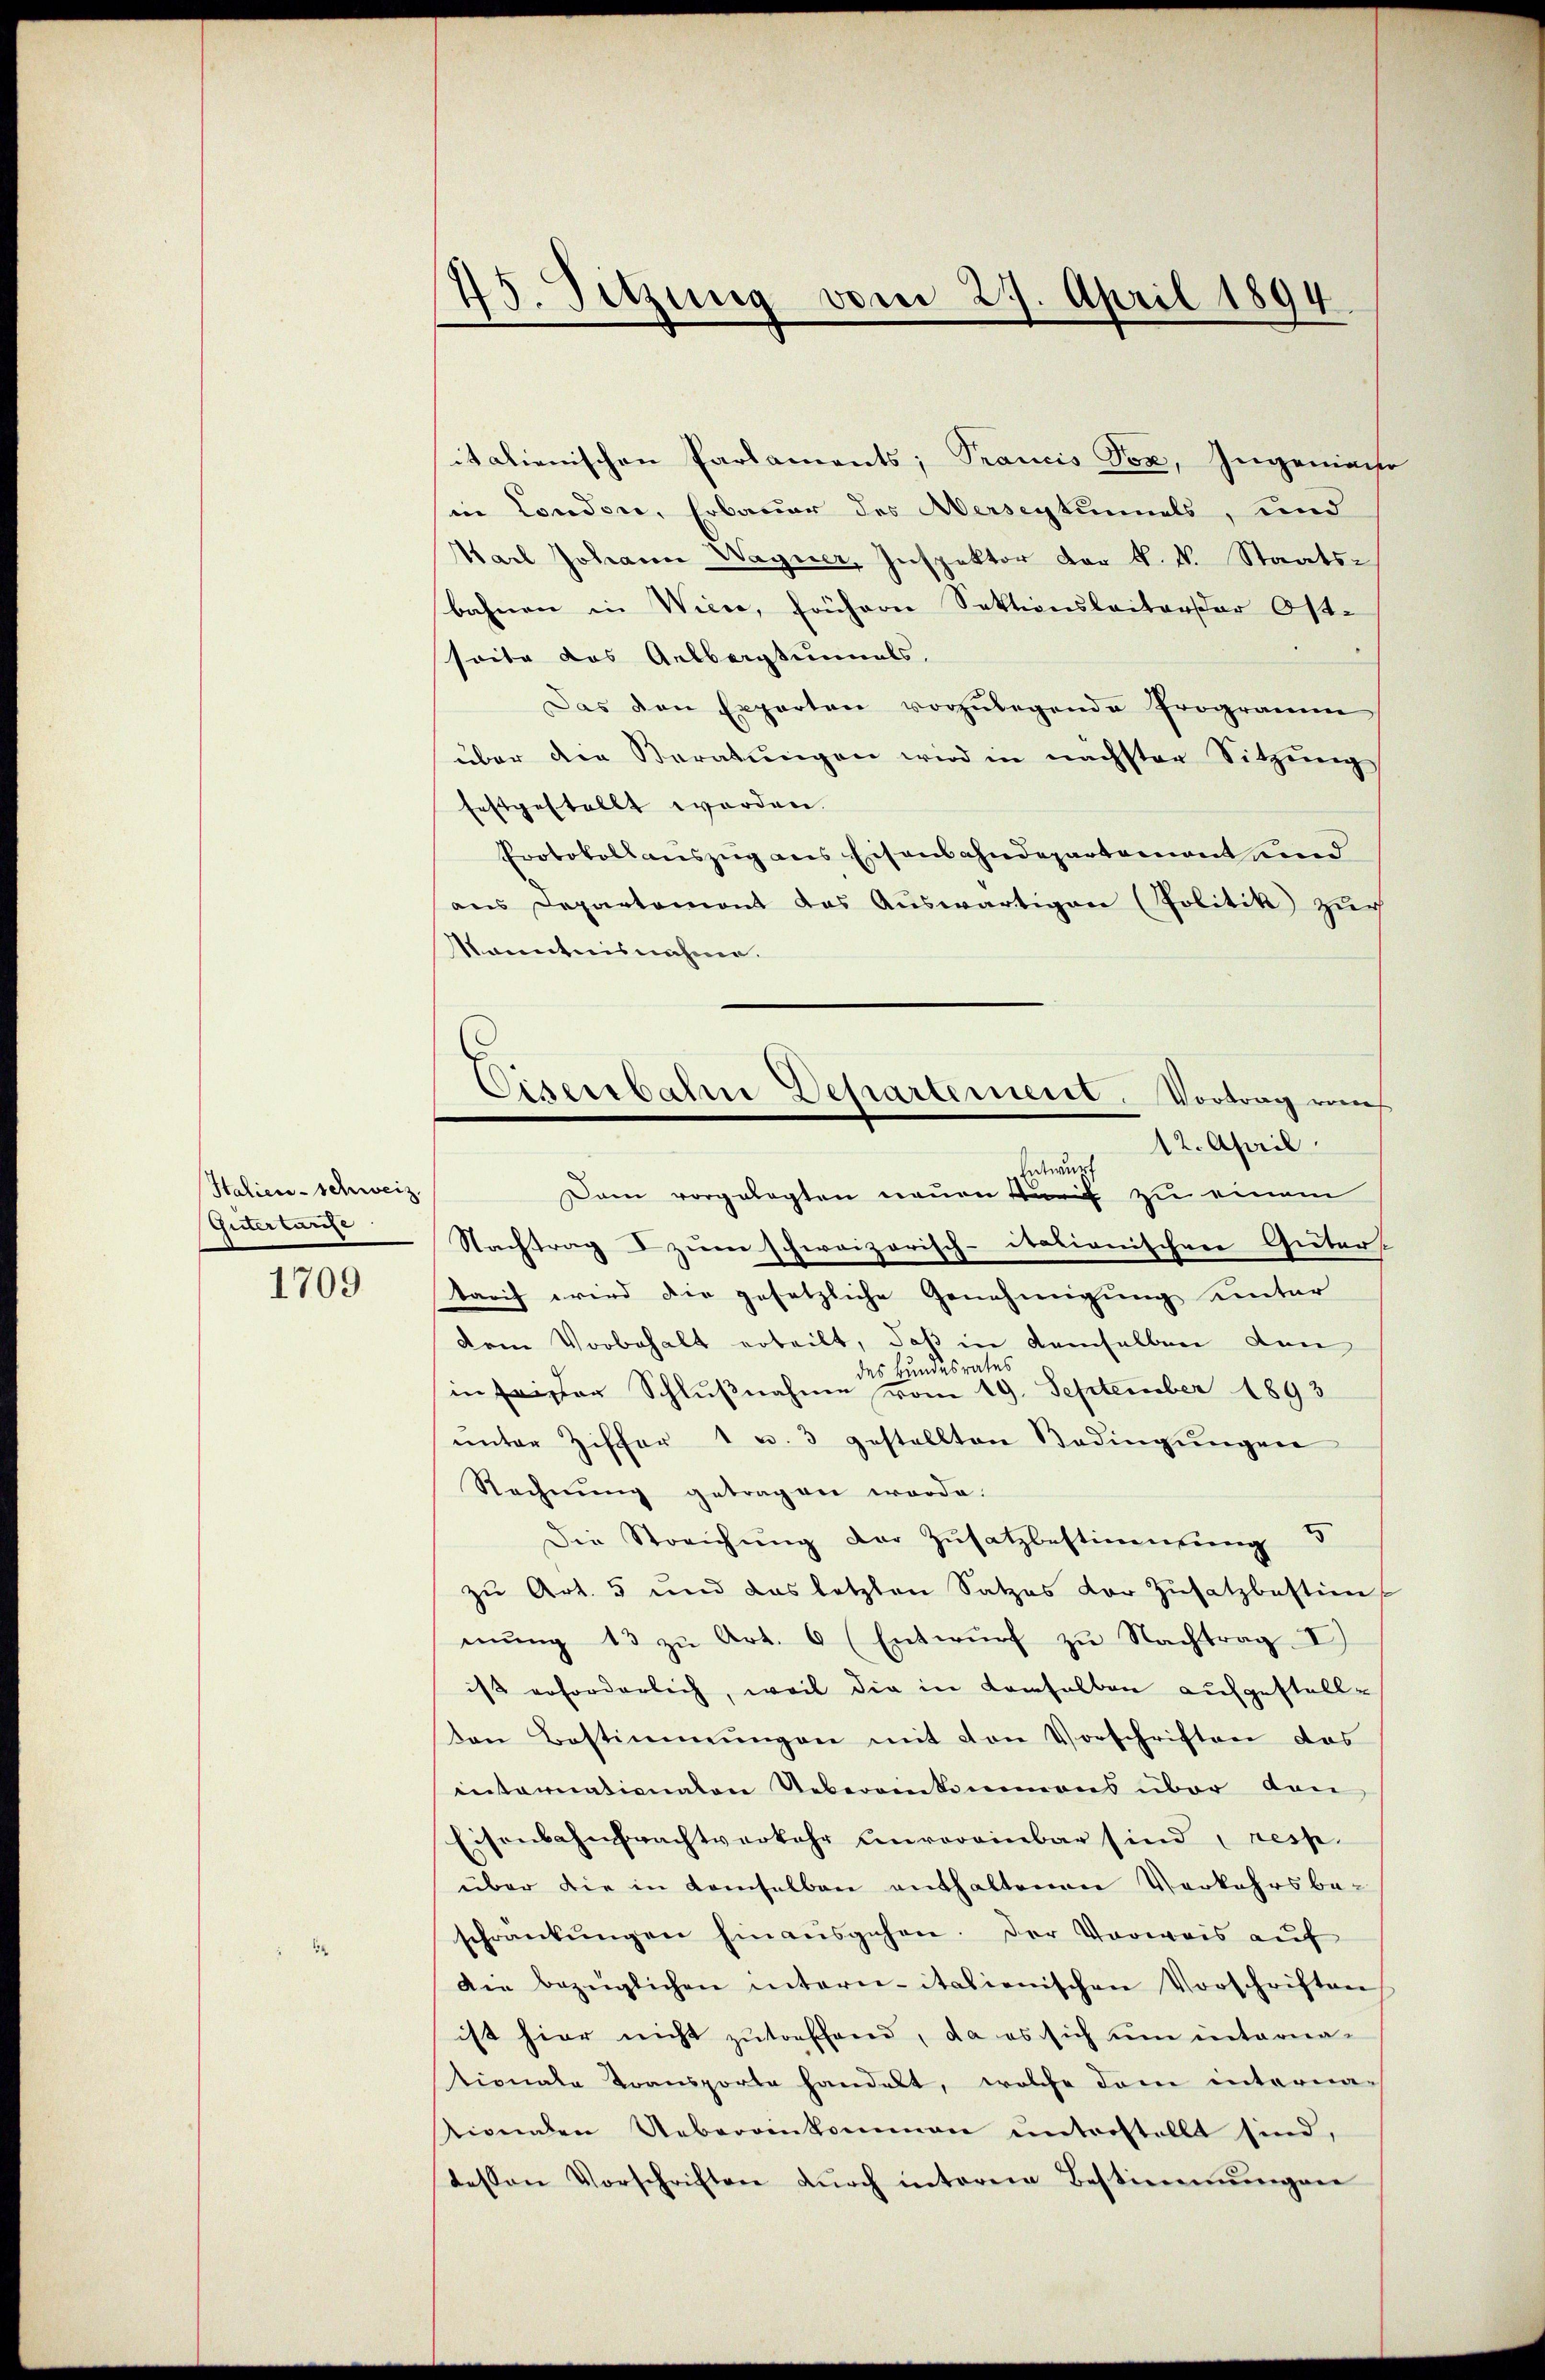
Italien-Schweiz.
Güter laufe

1709

45. Sitzung vom 27. April 1894

italienischen Parlaments; Prancis Sox, Ingeniach
in Condere, Erbauer des Averseytinnels, und
Karl Johann Wagner, Inspektor der k. k. Staatsbahnen in Wiene, frühern Sektionsleiterer Ost-
seite das Gelbapturnals.
Das den Experten vorzŭlegende Programme
über den Beratŭngen wird in nächster Sitzŭng
festgestellt worden.
Protokollauszug aus Eisenbahndepartement und
aus Departemont das Auswärtigen (Politik zur
Kanntnisnahme.
12. April.
Dam vorgelegten neuen Purif zu einem
Nachtrag d zum schweizerisch-itationischen Güter
tarif wird die gesetzliche Genehmigung unter
dem Vorbehalt erteilt, daß in demselben den
des Bundesrates
in Frister Schlußnahme vom 19. September 1893
ŭnter Ziffer 1 u. 3 gestellten Bedingŭngen
Rechnŭng getragen werde.
Die Streichung der Zusatzbestimmung 5
zŭ Art. 5 und das letzten Satzes vor Zŭsatzbestim-
mŭng 13 zu Art. 6 (Entwurf zu Nachtrag I)
ist erforderlich, weil die in demselben aufgestellon Bestimmungen mit von Vorschriften das
internationalen Uebereinkommens über den
Eisenbahnbrachtverkehr unvoreinbar sind, resp.
über die in demselben enthaltenen Verkehrsbeschränkungen hinausgehen. Der Verweis auf
Die bezüglichen intern-italienischen Vorschriften
ist hier nicht zutreffend, da es sich um internationale Transporte handelt, welche den interna-
tionen Uebergenkommen unterstellt sind,
tessen Vorschriften dŭrch interem Bestimmungen

Ciserbalm Departement. Vortrag auch
Entwurf